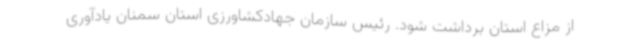
از مزاع استان برداشت شود. رئیس سازمان جهادکشاورزی استان سمنان یادآوری